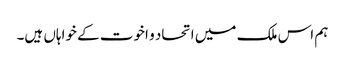
ہم اس ملک میں اتحاد و اخوت کے خواہاں ہیں۔